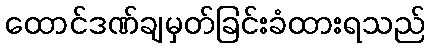
ထောင်ဒဏ်ချမှတ်ခြင်းခံထားရသည်